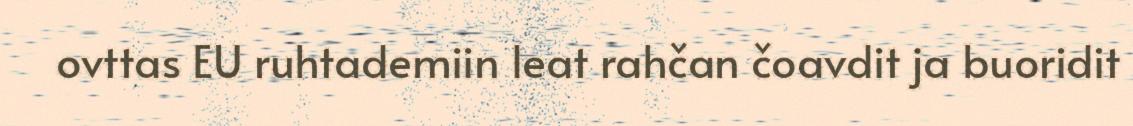
ovttas EU ruhtademiin leat rahčan čoavdit ja buoridit